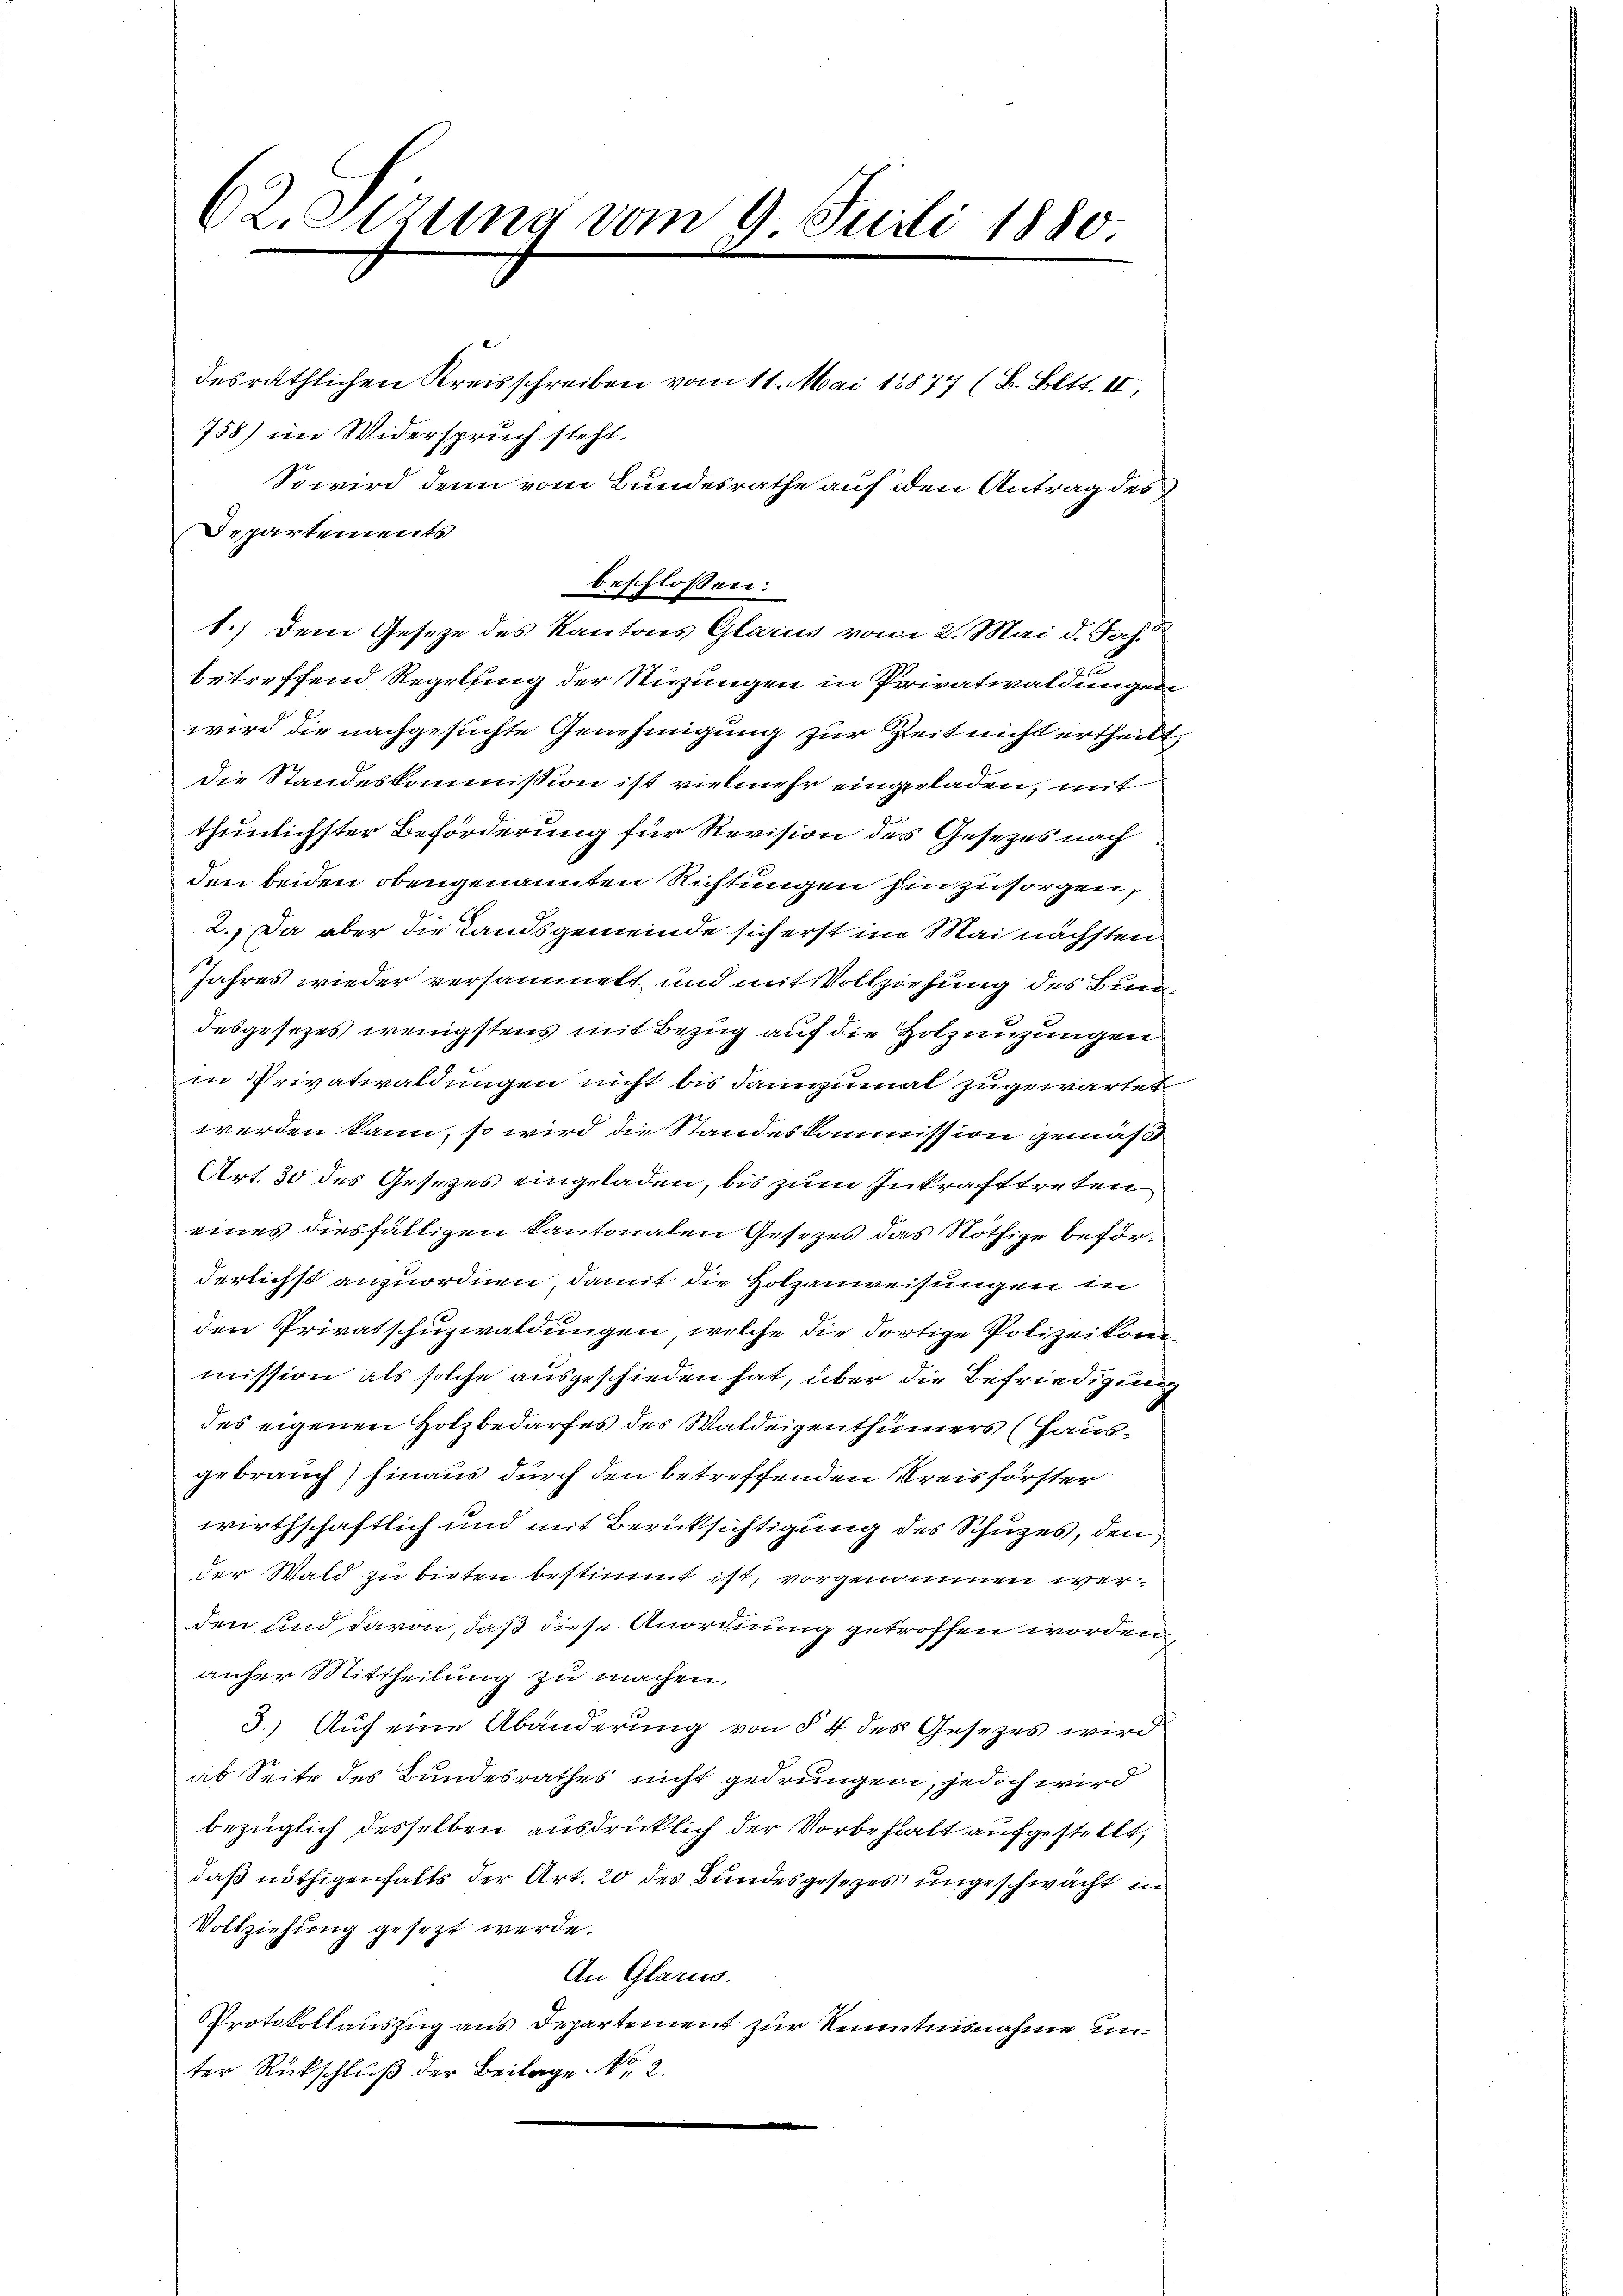
62. Sitzung vom 9. Juni 1880

desräthlichen Kreisschreiben vom 11. Mai 18877 (B. Bett. II,
So wird denn vom Bundesrathe auf den Antrag des

758) im Widerspruch steht.
Departements
betreffend Regelsing der Nuzungen in Privatwaldungen
wird die nachgesuchte Genehmigung zur Zeit nicht ertheilt,
die Standeskommission ist vielmehr eingeladen, mit
thunlichster Beförderung für Revision des Gesezes nach
den beiden obengenannten Richtungen hinzusorgen,
2. Da aber die Landsgemeinde sich erst in Mai nächsten
Jahres wieder versammelt und mit Vollziehung des Bun
desgesezes wenigstens mit Bezug auf die Holznutzungen
in Privatwaldungen nicht bis dannzumal zugewartet
werden kann, so wird die Standeskommission gemäß
Art. 30 des Gesezes eingeladen, bis zum Inkrafttreten
eines diesfälligen Kantonalen Gesezes das Nöthige beförderlichst anzuordnen, damit die Holzanweisungen in
den Privatschuzwaldungen, welche die dortige Polizeikom
mission als solche ausgeschieden hat, über die Befriedigung
des eigenen Holzbedarfes des Waldeigenthümers (Haus-
gebrauch) hinaus durch den betreffenden Kreisförster
wirthschaftlich und mit Berücksichtigung des Schuzes, den
der Wald zu bieten bestimmt ist, vorgenommen werden und davon, daß diese Anordnung getroffen worden
anher Mittheilung zu machen.
3.) Auf eine Abänderung von § 4 des Gesezes wird
ab Seite des Bundesrathes nicht gedrungen, jedoch wird
bezüglich desselben ausdrücklich der Vorbehalt aufgestellt,
daß nöthigenfalls der Art. 20 des Bundesgesezes ungeschwächt in
Vollziehung gesezt werde.
An Glarus.
Protokollauszug aus Departement zur Kenntnisnahme unter Rückschluß der Beilage No. 2.

beschlossen:
1.) Dem Gesetze des Kantons Glarus vom 2. Mai d. Joh.